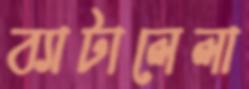
ব্যাটালেলা